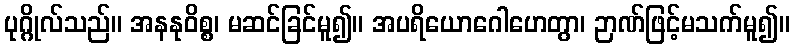
ပုဂ္ဂိုလ်သည်။ အနနုဝိစ္စ၊ မဆင်ခြင်မူ၍။ အပရိယောဂေါဟေတွာ၊ ဉာဏ်ဖြင့်မသက်မူ၍။